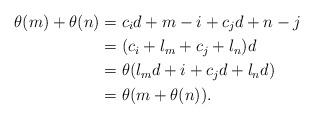
LaTeX: \begin{align*}\theta(m)+\theta(n)&=c_id+m-i+c_jd+n-j\\&=(c_i+l_m+c_j+l_n)d\\&=\theta(l_md+i+c_jd+l_nd)\\&=\theta(m+\theta(n)).\end{align*}